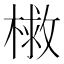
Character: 𭫣